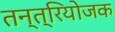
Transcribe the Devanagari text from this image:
तन्त्रियोजक